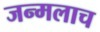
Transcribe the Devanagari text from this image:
जन्मलाच